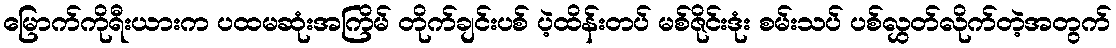
မြောက်ကိုရီးယားက ပထမဆုံးအကြိမ် တိုက်ချင်းပစ် ပဲ့ထိန်းတပ် မစ်ဇိုင်းဒုံး စမ်းသပ် ပစ်လွှတ်လိုက်တဲ့အတွက်